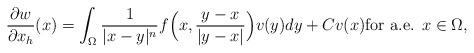
LaTeX: \begin{align*}\frac{\partial w}{\partial x_h}(x) = \int _{\Omega} \frac1{|x-y|^{n}}f\Big(x,\frac{y-x}{|y-x|}\Big) v(y) dy + C v(x) \hbox{for a.e. $x \in \Omega$,}\end{align*}